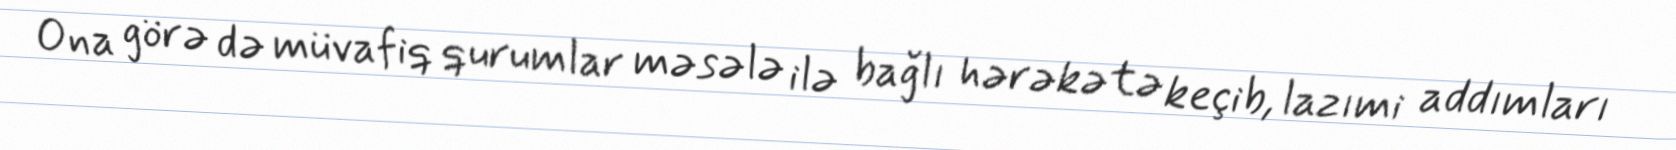
Ona görə də müvafiq qurumlar məsələ ilə bağlı hərəkətə keçib, lazımi addımları